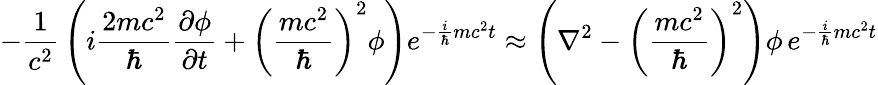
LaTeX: -{\frac{1}{c^{2}}}\left(i{\frac{2mc^{2}}{\hbar}}{\frac{\partial\phi}{\partial t}}+\left({\frac{mc^{2}}{\hbar}}\right)^{2}\phi\right)e^{-{\frac{i}{\hbar}}mc^{2}t}\approx\left(\nabla^{2}-\left({\frac{mc^{2}}{\hbar}}\right)^{2}\right)\phi\, e^{-{\frac{i}{\hbar}}mc^{2}t}